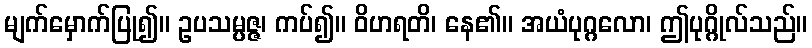
မျက်မှောက်ပြု၍။ ဥပသမ္ပဇ္ဇ၊ ကပ်၍။ ဝိဟရတိ၊ နေ၏။ အယံပုဂ္ဂလော၊ ဤပုဂ္ဂိုလ်သည်။